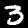
Label: 3